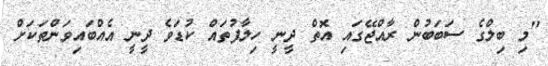
"މި ބިލްގެ ސަބަބުން ރާއްޖޭގައި އޮތް ދީނީ ހިލާފުތައް ކުޑަވެ ދީނީ އެއްބައިވަންތަކަށް